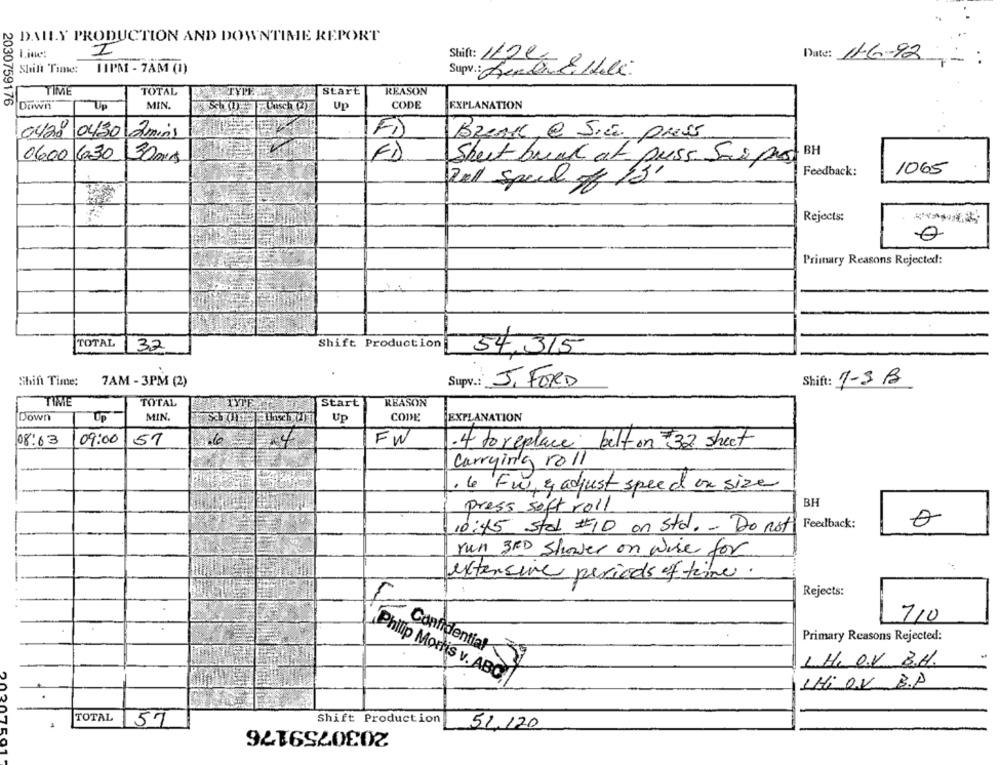
DAILY PRODUCTION AND DOWNTIME REPORT
Shift: 1122
Date: 11-6-92
Shift Time:
INPM - 7AM (1)
Supv .: Serdet Hele
TIME
TOTAL
Start
REASON
2030759176
Down
Up
MIN.
Up
CODE
EXPLANATION
0420 0430 2mins
FD
BREAK @ SIE PMS5
0600 630
30 mg
FD
Sheet brak at puss Sai pust BH
Feedback:
1065
Zell Speed of 13'
Rejects:
Primary Reasons Rejected:
TOTAL
Shift Production
32
54,315
Shift Time:
7AM - 3PM (2)
Supv .: J. FORD
Shift: 1-3 B
TIME
TOTAL
Start
REASON
Down
UP
MIN.
Up
CODE
EXPLANATION
08:03
09:00
57
4
FW
.4 to replace belt on 32 sheet
Carrying roll
. 6 Fw, & adjust speed on size
BH
press saft roll
10:45 sted #10 on Sta. . Do not Feedback:
run 3RD shower on wise for
extensive periods of time.
Rejects:
710
Primary Reasons Rejected:
LH. O.V. B.H.
Confidential
Philip Moris v. ABC
1H: 0V B.D
TOTAL
Shift Production
157
2030759176
51.120